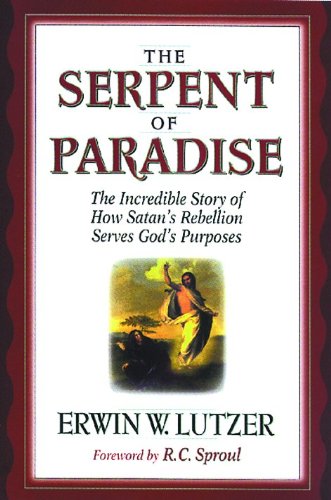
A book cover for The Serpent of Paradise: The Incredible Story of How Satan's Rebellion Serves God's Purposes; Erwin W. Lutzer; Christian Books & Bibles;